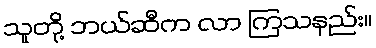
သူတို့ ဘယ်ဆီက လာ ကြသနည်း။